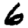
Digit: 6